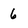
Character: 6